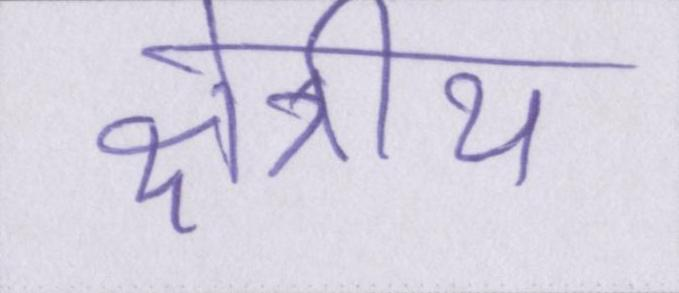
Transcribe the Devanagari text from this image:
क्षेत्रीय